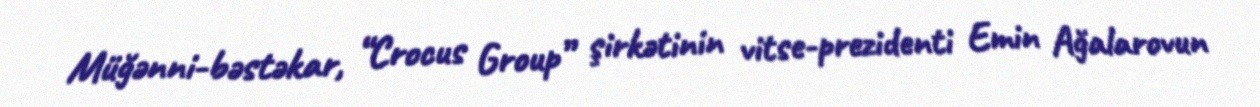
Müğənni-bəstəkar, “Crocus Group” şirkətinin vitse-prezidenti Emin Ağalarovun